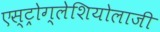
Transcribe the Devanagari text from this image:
एस्ट्रोग्लेशियोलाजी